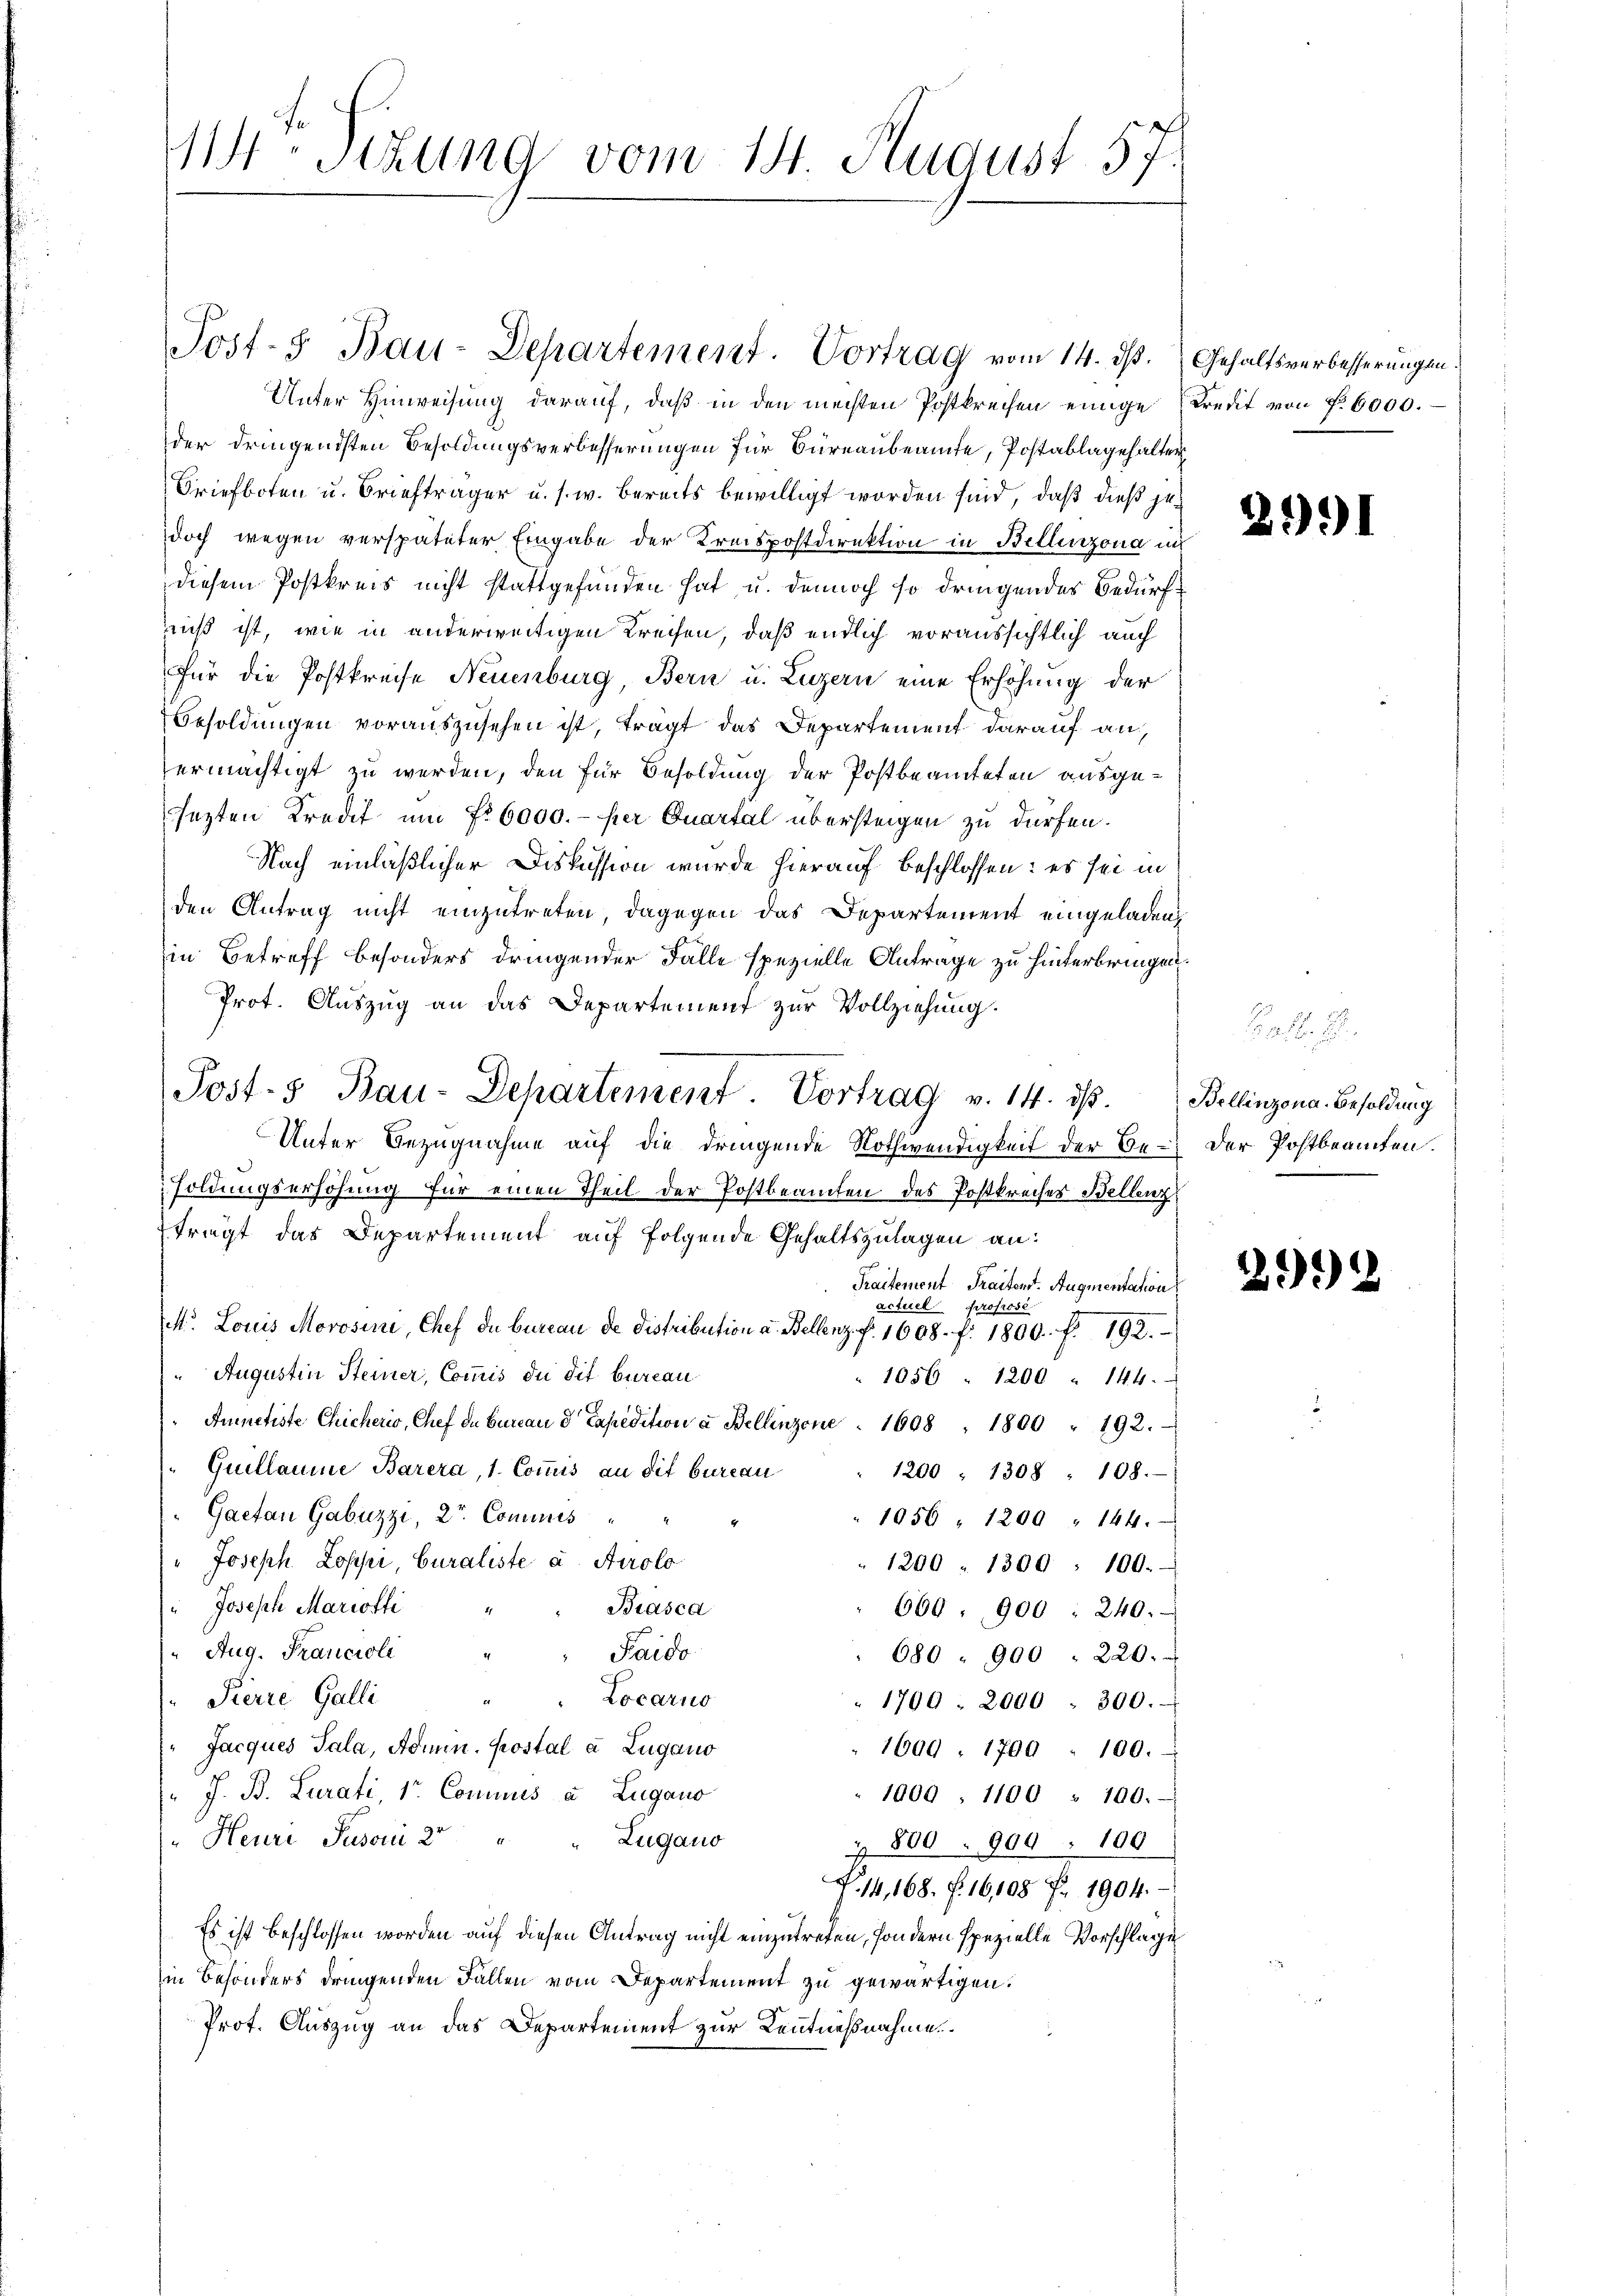
11 Sizung vom 14. August 57

Unter Hinweisung darauf, daß in den mechten Postkreisen einige Kredit von f. 6000.
der dringendsten Besoldungsverbesserungen für Büreaubeamte, Postablagehalter
Briefboten u. Briefträger u. s. w. bereits bewilligt worden sind, daß dieß jedoch wegen verspäteter Eingabe der Kreispostdirektion in Bellinzona in
diesem Postkreis nicht stattgefunden hat, u. dennoch so dringendes Bedürfriß ist, wie in anderweitigen Kreisen, daß endlich voraussichtlich auch
für die Postkreise Neuenburg, Bern u. Luzern eine Erhöhung der
Besoldungen vorauszusehen ist, trägt das Departement darauf an,
ermächtigt zu werden, den für Besoldung der Postbeamteten ausgesezten Kredit um fr. 6000.- per Quartal übersteigen zu dürfen.
Nach einläßlicher Diskussion wurde hierauf beschlossen: es sei in
den Antrag nicht einzutreten, dagegen das Departement eingeladen,
in Betreff besonders dringender Fälle spezielle Antrage zu hinterbringen.
Prot. Auszug an das Departement zur Vollziehung.
Unter Bezugnahme auf die dringende Nothwendigkeit der Be- Der Postbeamten.
soldungserhöhung für einen Theil der Postbeamten des Postkreises Bellenz
trägt das Departement auf folgende Gehaltszulagen an:
Traitement Traitenst. Augmentation
acturel professe
M. Louis Morosine, Chef du bureau de Distribution u. Bellenz. f. 1608. f. 1800. f. 192.
 Augustin Steiner, Commis du dit bureau
1056. 1200 " 144.
de
Ammnetiste Chicheris, Chef de Bureau de Capedition a Bellinzone . 1608 " 1800 " 192.
Guillaume Barera, 1. Commis an dit bureau
1200 " 1308 : 108.
Gaetan Gabuzzi, 2te Commis
1056. 1200 " 144.
" Joseph Loppi, Curaliste u. Airolo
1200 - 1300 : 100.
" Joseph Mariotti
Biasca
660. 900 : 240.
Aug. Francioli
Sard.
680 " 900 " 220.
 Pierre Galli
"" Locarno
1790. 2000 - 300.
Jacques Sala, Admin. Postal à Lugano
1609, 1790 100.
" J. B. Curati, Sr. Commus u. Zugano
1000 , 1100 : 100.-
Zugano
"Heure Person 2
z. 800. 900. 100
. 14, 168 f. 16, 108 f. 1904.
Es ist beschlossen worden auf diesen Antrag nicht einzutreten, sondern spezielle Vorschläge
in Besonders dringenden Fallen vom Departement zu gewärtigen.
Prot. Auszug an das Departement zur Kenntnißnahme.

Post-5 Bau-Departement. Vortrag vom 14. ds. Gehaltsverbesserungen.

Post- & Bau-Departement. Vortrag v. 14. ds. Bellinzona. Besoldung

2991

Bat.

2.)